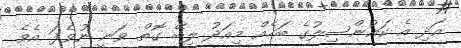
އަދި އެ ކައުންސިލުގެ ބަހެއް މިއަދު ލިބޭ ގޮތް ވަނީ ނުވެފަ އެވެ.